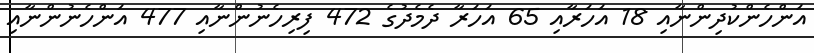
އަންހެންކުދިންނާއި 18 އަހަރާއި 65 އަހަރާ ދެމެދުގެ 472 ފިރިހެނުންނާއި 477 އަންހެނުންނާއި